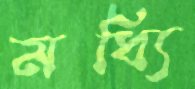
মধ্যি